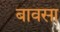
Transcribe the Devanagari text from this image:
बावसा